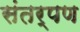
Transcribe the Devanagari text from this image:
संतर्पण